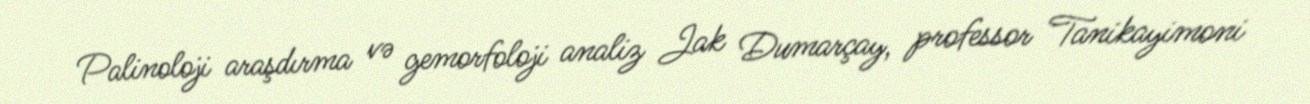
Palinoloji araşdırma və gemorfoloji analiz Jak Dumarçay, professor Tanikayimoni